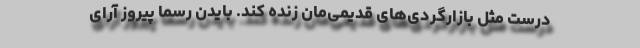
درست مثل بازارگردی‌های قدیمی‌مان زنده کند. بایدن رسما پیروز آرای